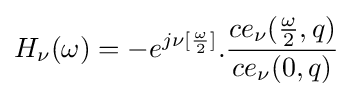
H_{\nu }(\omega )=-e^{j\nu [{\frac {\omega }{2}}]}.{\frac {ce_{\nu }({\frac {\omega }{2}},q)}{ce_{\nu }(0,q)}}